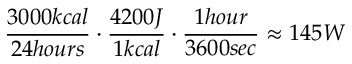
\frac { 3 0 0 0 k c a l } { 2 4 h o u r s } \cdot \frac { 4 2 0 0 J } { 1 k c a l } \cdot \frac { 1 h o u r } { 3 6 0 0 s e c } \approx 1 4 5 W